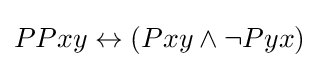
PPxy\leftrightarrow (Pxy\land \lnot Pyx)